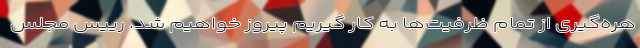
هره‌گیری از تمام ظرفیت‌ها به کار گیریم پیروز خواهیم شد. رییس مجلس